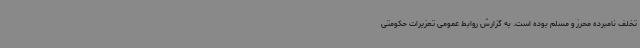
تخلف نامبرده محرز و مسلم بوده است. به گزارش روابط عمومی تعزیرات حکومتی